Report on the lunatic asylums under the Government of Bombay - 1904-1913
Year: 1904
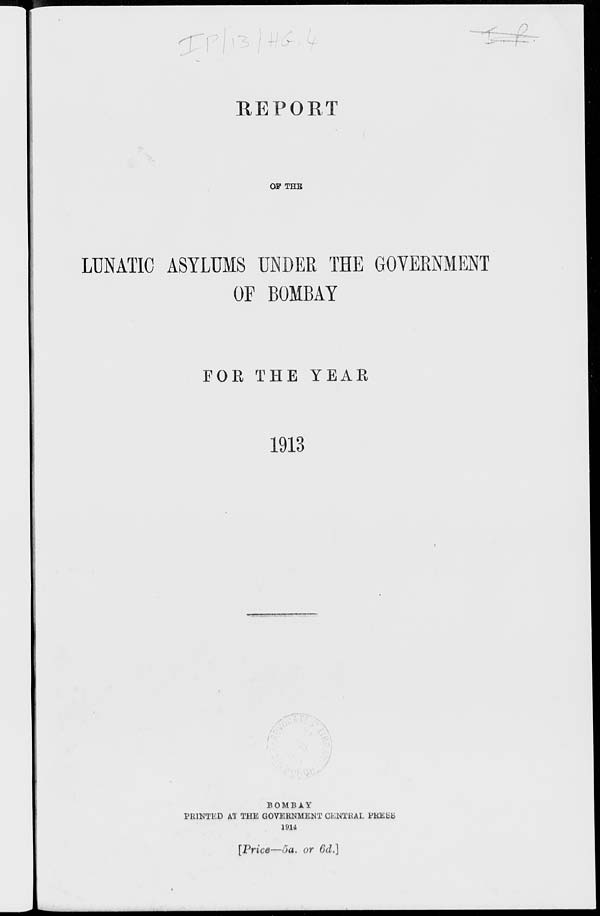
REPORT
OF THE
LUNATIC ASYLUMS UNDER THE GOVERNMENT
OF BOMBAY
FOR THE YEAR
1913
BOMBAY
PRINTED AT THE GOVERNMENT CENTRAL PRESS
1914
[Price—5a. or 6d.]